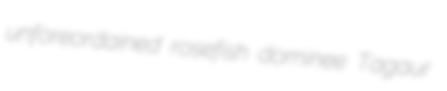
unforeordained rosefish dominee Tagaur